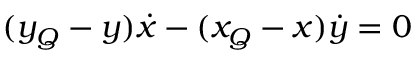
( y _ { Q } - y ) { \dot { x } } - ( x _ { Q } - x ) { \dot { y } } = 0